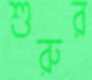
শুরুর